Calcutta medical institutions reports 1871-78
Year: 1871
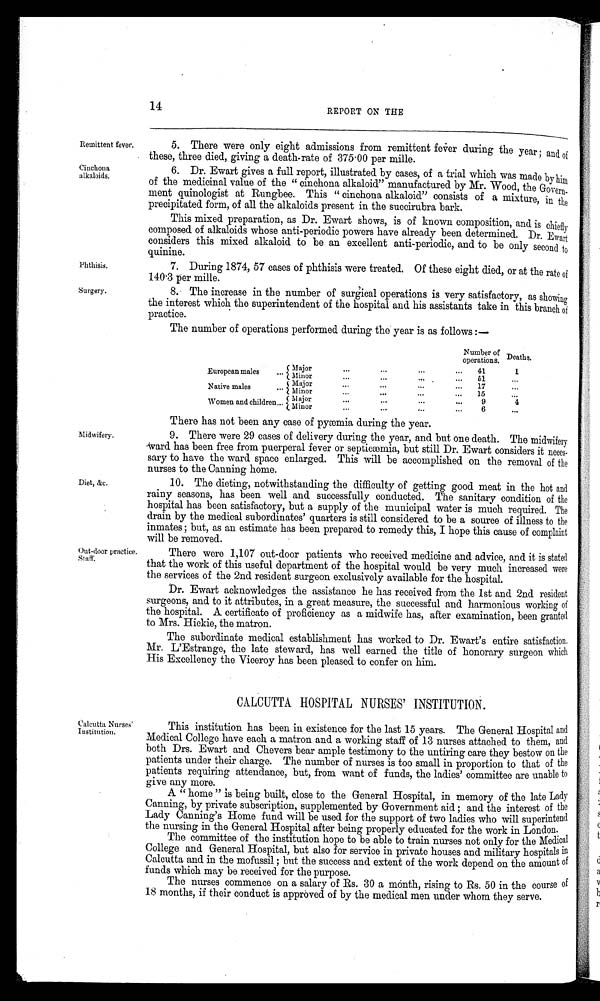
Remittent fever
Cinchona
alkaloids.
Phthisis.
Surgery.
14
REPORT ON THE
5. There were only eight admissions from remittent fever during the year ; and of
these, three died, giving a death-rate of 375.00 per mille.
6. Dr. Ewart gives a full report, illustrated by cases, of a trial which was made by him
of the medicinal value of the " cinchona alkaloid" manufactured by Mr. Wood, the Govern-
ment quinologist at Rungbee. This " cinchona alkaloid" consists of a mixture, in the
precipitated form, of all the alkaloids present in the succirubra bark.
This mixed preparation, as Dr. Ewart shows, is of known composition, and is chiefly
composed. of alkaloids whose anti-periodic powers have already been determined. Dr. Ewart
considers this mixed alkaloid to be an excellent anti-periodic, and to be only second to
quinine.
7. During 1874, 57 cases of phthisis were treated. Of these eight died, or at the rate of
140.3 per mille.
8. The increase in the number of surgical operations is very satisfactory, as showing
the interest which the superintendent of the hospital and his assistants take in this branch of
practice.
The number of operations performed during the year is as follows :—
Number of
operations. Deaths.
European males
. . . Major
. . .
. . . ...
. . . 41
1
Minor
...
...
...
. .. 5 1
...
Native males
. . . Major
. . .
. . .
...
...
17
. . .
Minor
...
...
. . .
...
15
...
Women and children...
M a j o r
. . .
. . .
...
...
9
4
Minor
. . .
...
...
...
6
. . .
There has not been any case of pyæmia during the year.
Midwifery.
Diet, &c.
Out-door practice
Staff.
9. There were 29 cases of delivery during the year, and but one death. The midwifery
Ward has been free from puerperal fever or septicæmia, but still Dr. Ewart considers it neces-
sary to have the ward space enlarged. This will be accomplished on the removal of the
nurses to the Canning home.
10. The dieting, notwithstanding the difficulty of getting good meat in the hot and
rainy seasons, has been well and successfully conducted. The sanitary condition of the
hospital has been satisfactory, but a supply of the municipal water is much required. The
drain by the medical subordinates' quarters is still considered to be a source of illness to the
inmates ; but, as an estimate has been prepared to remedy this, I hope this cause of complaint
will be removed.
There were 1,107 out-door patients who received medicine and advice, and it is stated
that the work of this useful department of the hospital would be very much increased were
the services of the 2nd resident surgeon exclusively available for the hospital.
Dr. Ewart acknowledges the assistance he has received from the 1st and 2nd resident
surgeons, and to it attributes, in a great measure, the successful and harmonious working of
the hospital. A certificate of proficiency as a midwife has, after examination, been granted
to Mrs. Hickie, the matron.
The subordinate medical establishment has worked to Dr. Ewart's entire satisfaction.
Mr. L'Estrange, the late steward, has well earned the title of honorary surgeon which
His Excellency the Viceroy has been pleased to confer on him.
CALCUTTA HOSPITAL NURSES' INSTITUTION.
Calcutta Nurses'
Institution.
This institution has been in existence for the last 15 years. The General Hospital and
Medical College have each a matron and a working staff of 13 nurses attached to them, and
both Drs. Ewart and Chevers bear ample testimony to the untiring care they bestow on the
patients under their charge. The number of nurses is too small in proportion to that of the
patients requiring attendance, but, from want of funds, the ladies' committee are unable to
give any more.
A " home " is being built, close to the General Hospital, in memory of the late Lady
Canning, by private subscription, supplemented by Government aid ; and the interest of the
Lady Canning's Home fund will be used for the support of two ladies who will superintend
the nursing in the General Hospital after being properly educated for the work in London
The committee of the institution hope to be able to train nurses not only for the Medical
C College and General Hospital, but also for service in private houses and military hospitals in
Calcutta and in the mofussil ; but the success and extent of the work depend on the amount of
funds which may be received for the purpose.
The nurses commence on a salary of Rs. 30 a month, rising to Rs. 50 in the course of
18 months, if their conduct is approved of by the medical men under whom they serve.